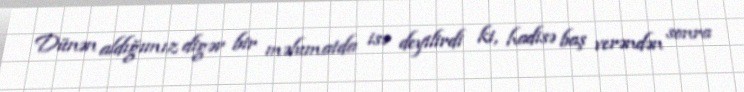
Dünən aldığımız digər bir məlumatda isə deyilirdi ki, hadisə baş verəndən sonra